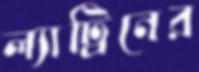
ল্যাট্রিনের